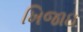
ખિજાઇ